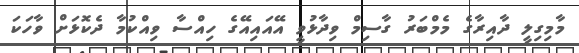
މާމިގިލީ ދާއިރާގެ މެމްބަރު ގާސިމް ވިދާޅުވީ އޭއައިއޭގެ ހިއްސާ ވިއްކުމާ ދެކޮޅަށް ވާހަކަ